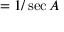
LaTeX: = { 1 / \sec A }